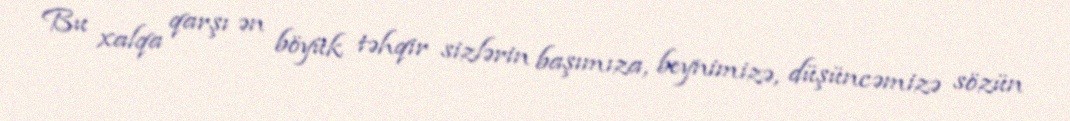
Bu xalqa qarşı ən böyük təhqir sizlərin başımıza, beynimizə, düşüncəmizə sözün